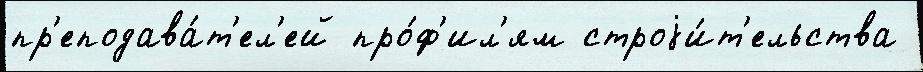
пр'еподава́т'ел'ей про́ф'ил'ям строjи́т'ельства